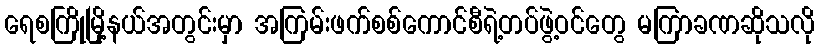
ရေစကြိုမြို့နယ်အတွင်းမှာ အကြမ်းဖက်စစ်ကောင်စီရဲ့တပ်ဖွဲ့ဝင်တွေ မကြာခဏဆိုသလို